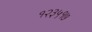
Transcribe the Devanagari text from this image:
१२३५१७